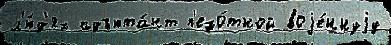
л'ю́д'ях адъюта́нт п'ехо́тной воjе́ннуjу